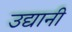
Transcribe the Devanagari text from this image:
उद्यानी